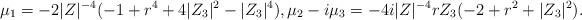
LaTeX: \begin{align*} \mu_1 =-2|Z|^{-4} (-1+r^4+4 |Z_3|^2-|Z_3|^4), \mu_2- i \mu_3=-4 i |Z|^{-4}rZ_3(-2+r^2+|Z_3|^2).\end{align*}